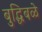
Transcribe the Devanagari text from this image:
बुद्धिबळे